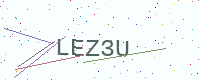
Text: LEZ3U